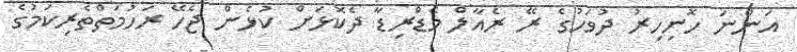
އަންނަ ހޮނިހިރު ދުވަހުގެ ރޭ ރެއާލް މެޑްރިޑާ ދެކޮޅަށް ކުޅެން ޖެހޭ ރަހުމަތްތެރިކަމުގެ